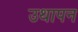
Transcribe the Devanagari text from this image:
उथापन